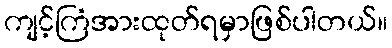
ကျင့်ကြံအားထုတ်ရမှာဖြစ်ပါတယ်။